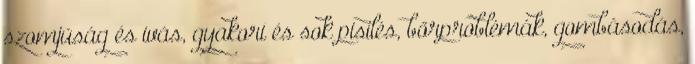
szomjúság és ivás, gyakori és sok pisilés, bőrproblémák, gombásodás,